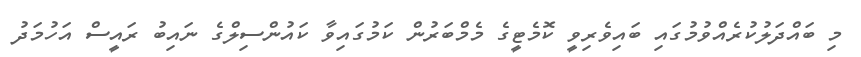
މި ބައްދަލުކުރެއްވުމުގައި ބައިވެރިވީ ކޮމެޓީގެ މެމްބަރުން ކަމުގައިވާ ކައުންސިލްގެ ނައިބު ރައީސް އަހުމަދު